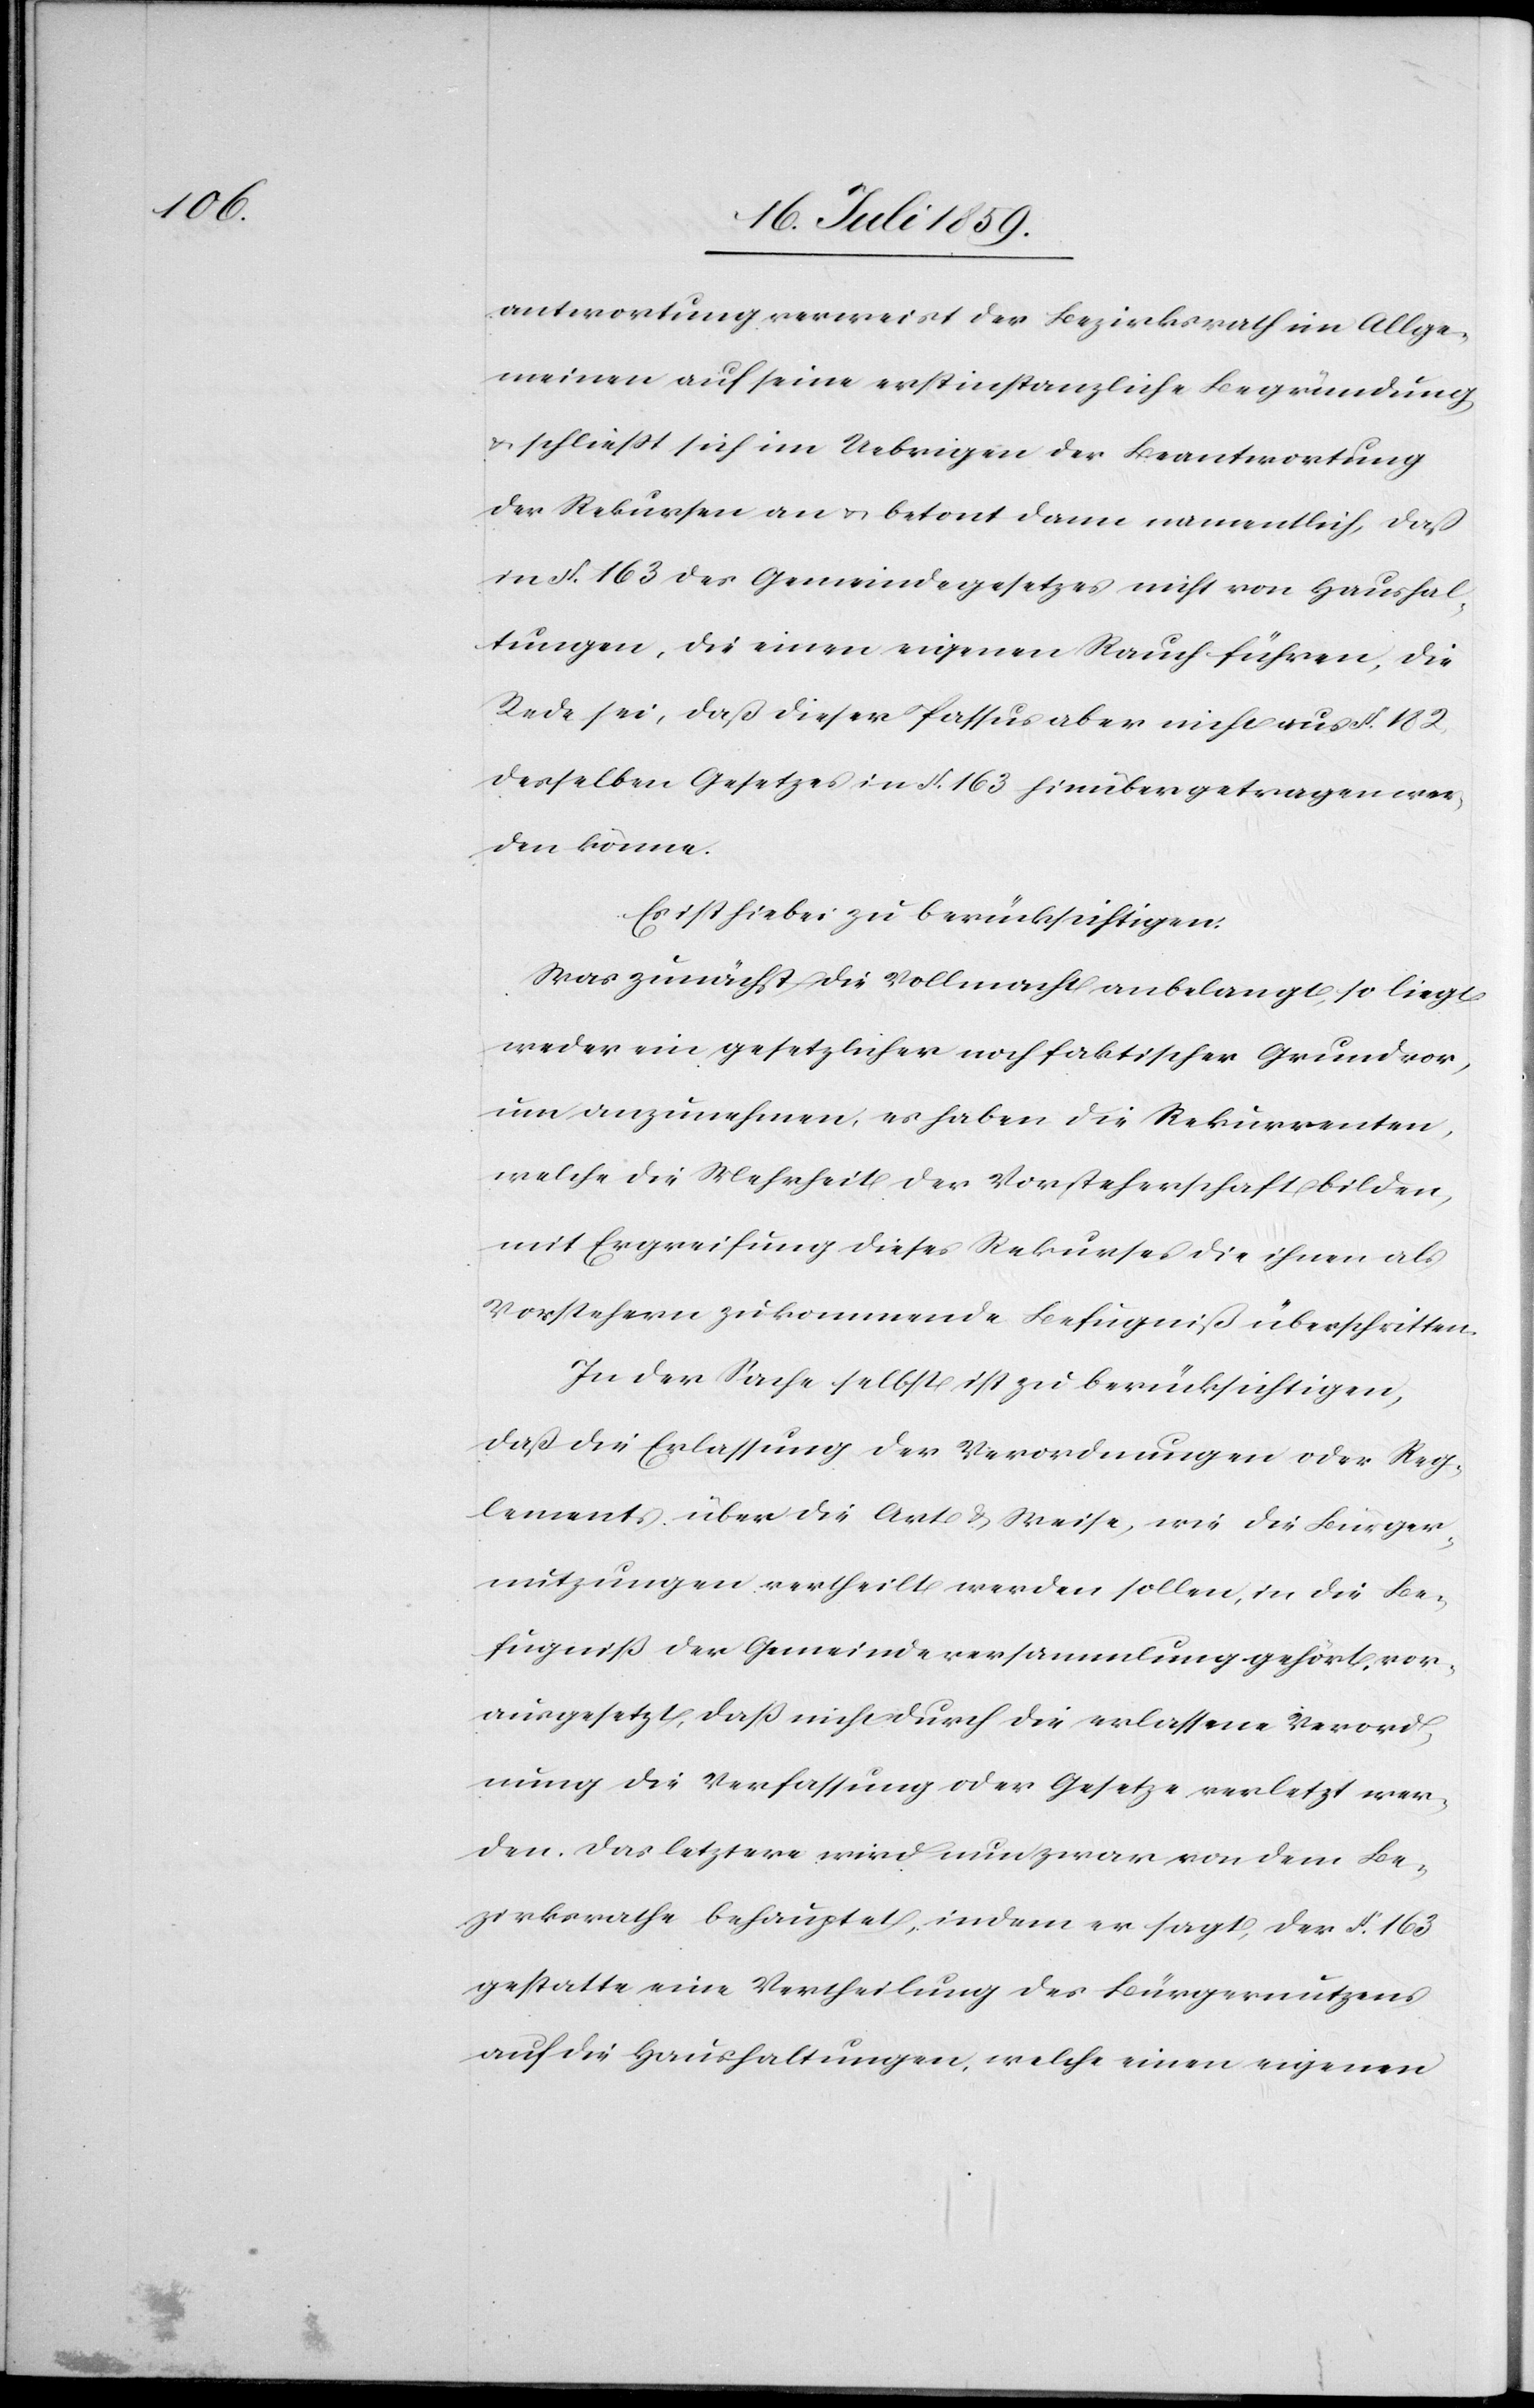
antwortung verweist der Bezirksrath im Allge¬
meinen auf seine erstinstanzliche Begründung
u. schließt sich im Uebrigen der Beantwortung
der Rekursen an u. betont dann namentlich, daß
in § 163 des Gemeindegesetzes nicht von Haushal¬
tungen, die einen eigenen Rauch führen, die
Rede sei, daß dieser Passus aber nicht aus § 182
desselben Gesetzes in § 163 hinübergetragen wer¬
den könne.
Es ist hiebei zu berücksichtigen:
Was zunächst die Vollmacht anbelangt, so liegt
weder ein gesetzlicher noch faktischer Grund vor,
um anzunehmen, es haben die Rekurrenten,
welche die Mehrheit der Vorsteherschaft bilden
mit Ergreifung dieses Rekurses die ihnen als
Vorstehern zukommende Befugniß überschritten.
In der Sache selbst ist zu berücksichtigen,
daß die Erlassung der Verordnungen oder Reg¬
lement über die Art u. Weise, wie die Bürger¬
nutzungen vertheilt werden sollen, in die Be¬
fugniß der Gemeindeversammlung gehört, vor¬
ausgesetzt, daß nicht durch die erlassene Verord¬
nung die Verfassung oder Gesetze verletzt wer¬
den. Das letztere wird nun zwar von dem Be¬
zirksrathe behauptet, indem er sagt, der § 163
gestatte eine Vertheilung des Bürgernutzens
auf die Haushaltungen, welche einen eigenen